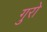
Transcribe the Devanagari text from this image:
गुरो